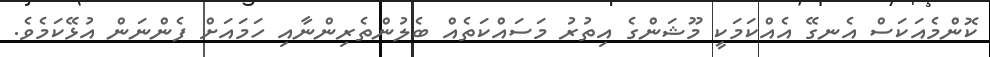
ކޮންމެއަކަސް އެނގޭ އެއްކަމަކީ މޫޝަންގެ އިތުރު މަސައްކަތެއް ބެލުންތެރިންނާއި ހަމައަށް ފެންނަން އުޅޭކަމެވެ.